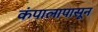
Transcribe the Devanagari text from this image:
कंपालापासून